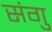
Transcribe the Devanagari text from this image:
संगु